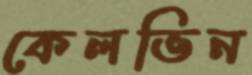
কেলভিন